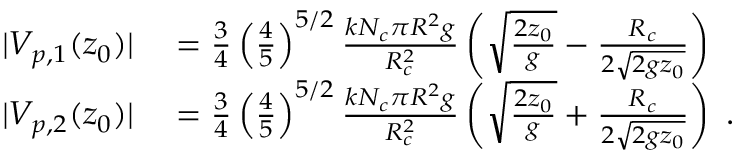
\begin{array} { r l } { | V _ { p , 1 } ( z _ { 0 } ) | } & { { } = \frac { 3 } { 4 } \left( \frac { 4 } { 5 } \right) ^ { 5 / 2 } \frac { k N _ { c } \pi R ^ { 2 } g } { R _ { c } ^ { 2 } } \left( \sqrt { \frac { 2 z _ { 0 } } { g } } - \frac { R _ { c } } { 2 \sqrt { 2 g z _ { 0 } } } \right) } \\ { | V _ { p , 2 } ( z _ { 0 } ) | } & { { } = \frac { 3 } { 4 } \left( \frac { 4 } { 5 } \right) ^ { 5 / 2 } \frac { k N _ { c } \pi R ^ { 2 } g } { R _ { c } ^ { 2 } } \left( \sqrt { \frac { 2 z _ { 0 } } { g } } + \frac { R _ { c } } { 2 \sqrt { 2 g z _ { 0 } } } \right) \, \, . } \end{array}